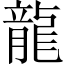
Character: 龍